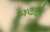
ઢગલાથી